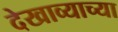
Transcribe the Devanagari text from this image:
देखाव्याच्या